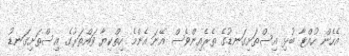
އެހެން ހުއްޓާ ބުޅި އިސްތަށިގަނޑުގެ ތެރެއިންވެސް އޭނަ އެންމެ ހިތްކިޔާ ވައްތަރުގެ އިސްތަށިގަނޑު